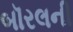
બૉરલની